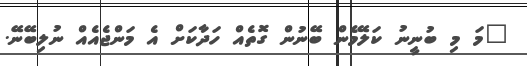
"މަ މި ބުނީނު ކަލޭމެން ބޭނުން ގޮތެއް ހަދާކަށް އެ މަންޖެއެއް ނުލިބޭނޭ.